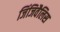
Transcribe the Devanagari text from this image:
जिंजिवैलिस